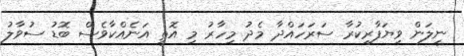
ނީލަން ވިޔަފާރިކުރާ ސަރަހައްދާ މެދު މިހާރު މި އޮތީ އަނެއްކާވެސް ބޮޑު ސުވާލު